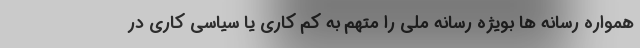
همواره رسانه ها بویژه رسانه ملی را متهم به کم کاری یا سیاسی کاری در